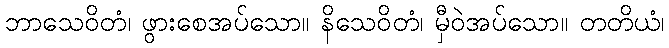
ဘာသေဝိတံ၊ ဖွားစေအပ်သော။ နိသေဝိတံ၊ မှီဝဲအပ်သော။ တတိယံ၊